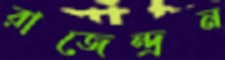
রাজেন্দ্রন